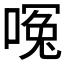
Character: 𪡶